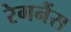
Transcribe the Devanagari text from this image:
रेगनैंस